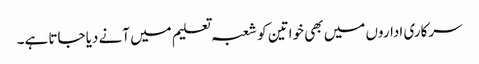
سرکاری اداروں میں بھی خواتین کو شعبہ تعلیم میں آنے دیا جاتا ہے۔